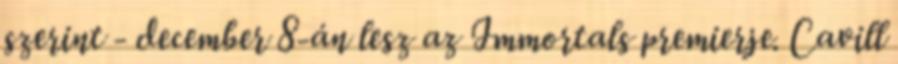
szerint - december 8-án lesz az Immortals premierje. Cavill